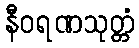
နီဝရဏသုတ္တံ